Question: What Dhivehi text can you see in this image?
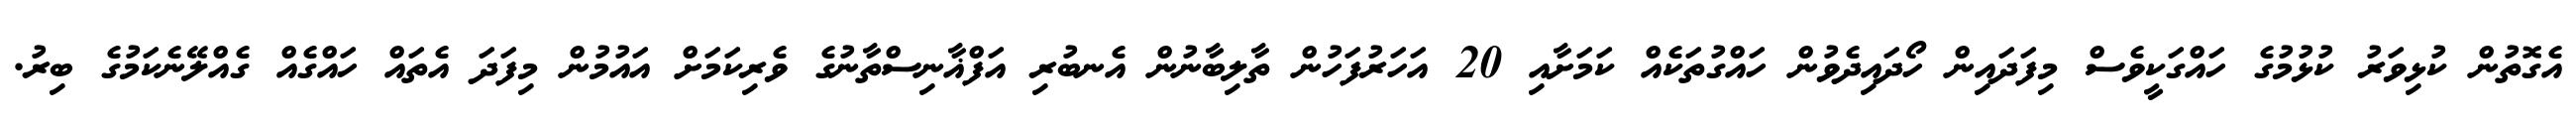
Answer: އެގޮތުން ކުޅިވަރު ކުޅުމުގެ ހައްގަކީވެސް މިފަދައިން ހޯދައިދެވުން ހައްގުތަކެއް ކަމަށާއި 20 އަހަރުފަހުން ތާލިބާނުން އެނބުރި އަފްޣާނިސްތާނުގެ ވެރިކަމަށް އައުމުން މިފަދަ އެތައް ހައްގެއް ގެއްލޭނެކަމުގެ ބިރު.